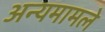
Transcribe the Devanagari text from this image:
अन्यमामले